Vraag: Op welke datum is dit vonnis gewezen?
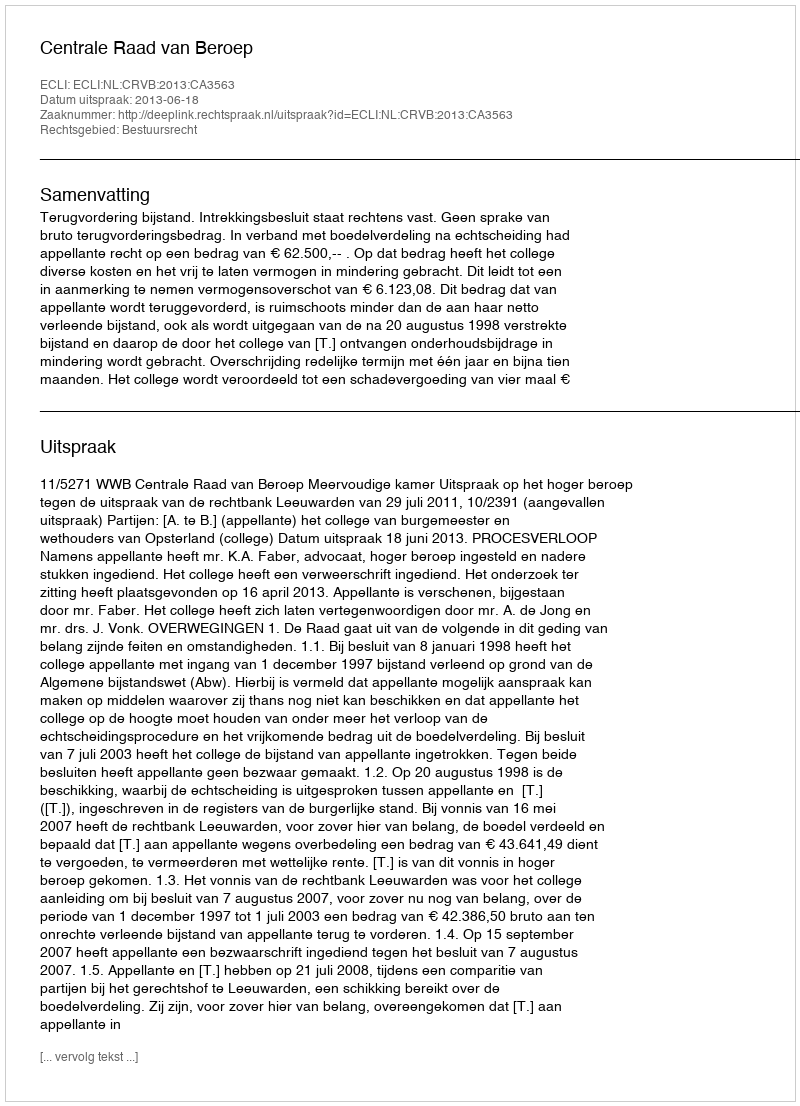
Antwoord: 2013-06-18